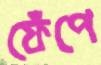
ফেঁপে